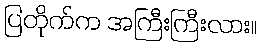
ပြတိုက်က အကြီးကြီးလား။